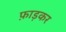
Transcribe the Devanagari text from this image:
फ़ाड़कर